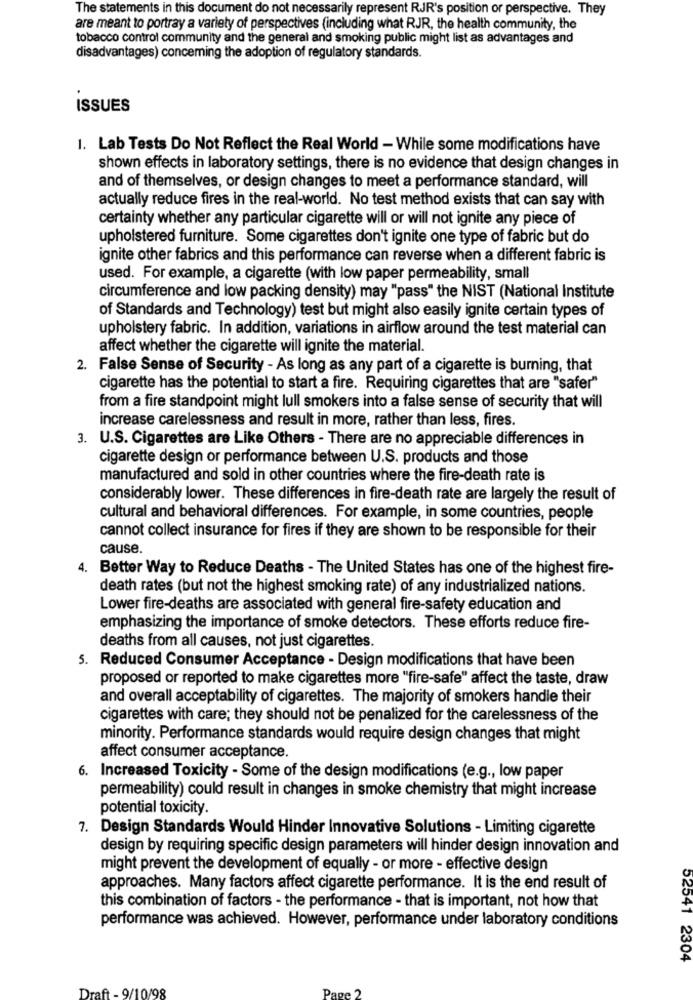
The statements in this document do not necessarily represent RJR's position or perspective. They
are meant to portray a variety of perspectives (including what RJR, the health community, the
tobacco control community and the general and smoking public might list as advantages and
disadvantages) concerning the adoption of regulatory standards.
ISSUES
1. Lab Tests Do Not Reflect the Real World - While some modifications have
shown effects in laboratory settings, there is no evidence that design changes in
and of themselves, or design changes to meet a performance standard, will
actually reduce fires in the real-world. No test method exists that can say with
certainty whether any particular cigarette will or will not ignite any piece of
upholstered furniture. Some cigarettes don't ignite one type of fabric but do
ignite other fabrics and this performance can reverse when a different fabric is
used. For example, a cigarette (with low paper permeability, small
circumference and low packing density) may "pass" the NIST (National Institute
of Standards and Technology) test but might also easily ignite certain types of
upholstery fabric. In addition, variations in airflow around the test material can
affect whether the cigarette will ignite the material.
2. False Sense of Security - As long as any part of a cigarette is burning, that
cigarette has the potential to start a fire. Requiring cigarettes that are "safer"
from a fire standpoint might lull smokers into a false sense of security that will
increase carelessness and result in more, rather than less, fires.
3. U.S. Cigarettes are Like Others - There are no appreciable differences in
cigarette design or performance between U.S. products and those
manufactured and sold in other countries where the fire-death rate is
considerably lower. These differences in fire-death rate are largely the result of
cultural and behavioral differences. For example, in some countries, people
cannot collect insurance for fires if they are shown to be responsible for their
cause.
4. Better Way to Reduce Deaths - The United States has one of the highest fire-
death rates (but not the highest smoking rate) of any industrialized nations.
Lower fire-deaths are associated with general fire-safety education and
emphasizing the importance of smoke detectors. These efforts reduce fire-
deaths from all causes, not just cigarettes.
5. Reduced Consumer Acceptance - Design modifications that have been
proposed or reported to make cigarettes more "fire-safe" affect the taste, draw
and overall acceptability of cigarettes. The majority of smokers handle their
cigarettes with care; they should not be penalized for the carelessness of the
minority. Performance standards would require design changes that might
affect consumer acceptance.
6. Increased Toxicity - Some of the design modifications (e.g ., low paper
permeability) could result in changes in smoke chemistry that might increase
potential toxicity.
7. Design Standards Would Hinder Innovative Solutions - Limiting cigarette
design by requiring specific design parameters will hinder design innovation and
might prevent the development of equally - or more - effective design
approaches. Many factors affect cigarette performance. It is the end result of
this combination of factors - the performance - that is important, not how that
performance was achieved. However, performance under laboratory conditions
52541 2304
Draft - 9/10/98
Page